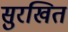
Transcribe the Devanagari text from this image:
सुरखित